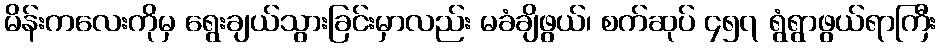
မိန်းကလေးကိုမှ ရွေးချယ်သွားခြင်းမှာလည်း မခံချိဖွယ်၊ စက်ဆုပ် ၄၅၇ ရွံရွာဖွယ်ရာကြီး